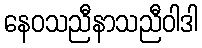
နေဝသညီနာသညီဝါဒါ